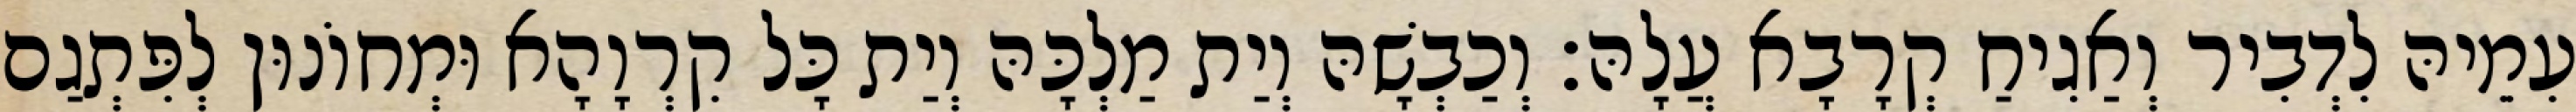
עִמֵיהּ לִדְבִיר וְאַגִיחַ קְרָבָא עֲלָהּ׃ וְכַבְשָׁהּ וְיַת מַלְכָּהּ וְיַת כָּל קִרְוָהָא וּמְחוֹנוּן לְפִּתְגַם